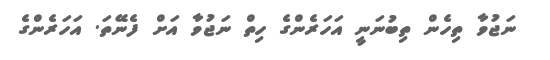
ނަޖުވާ ތިހެން ތިބުނަނީ އަހަރެންގެ ހިތް ނަޖުވާ އަށް ފެނޭތަ. އަހަރެންގެ